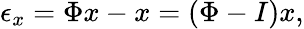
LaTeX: \epsilon_{x}=\Phi x-x=(\Phi-I)x,